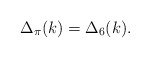
\begin{align*}\Delta_{\pi}(k) = \Delta_{6}(k). \end{align*}